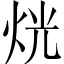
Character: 𤈛